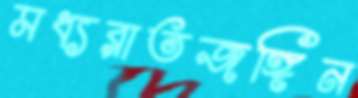
মধ্যরাতজঙ্গিন